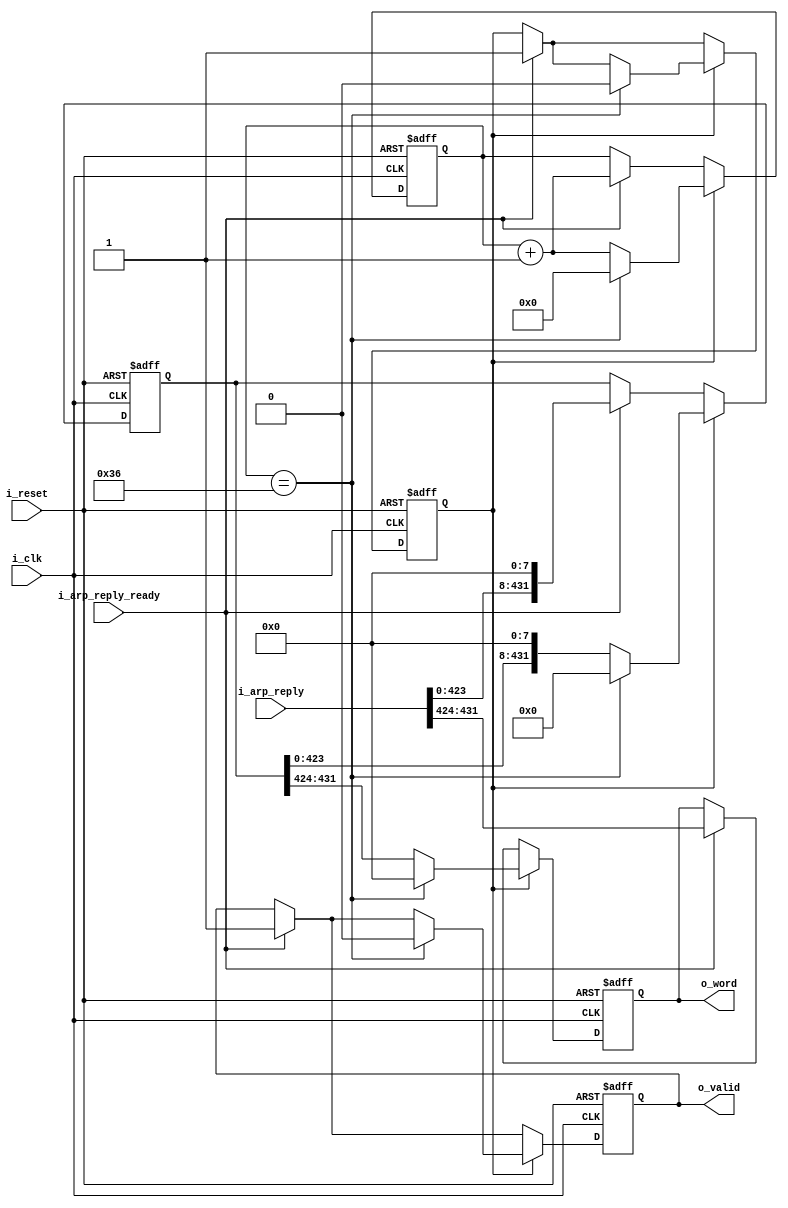
module tb_ethernet_arp_reply_transmitter(
	input 				i_clk,
	input 				i_reset,
	
	input [54*8-1:0] 	i_arp_reply,
	input				i_arp_reply_ready,
	
	output reg [7:0]	o_word,
	output reg			o_valid
); 
	reg [54*8-1:0] 		i_arp_reply_r;
	reg					i_arp_reply_ready_r;
	
	initial begin
		o_word						<= 0;
		o_valid						<= 0;
		
		i_arp_reply_r				<= 0;
		i_arp_reply_ready_r			<= 0;
	end
	
	reg [5:0] arp_reply_size;
	initial arp_reply_size <= 0;
	
	always @(posedge i_clk, posedge i_reset) begin
		if (i_reset) begin
			o_word					<= 0;
			o_valid					<= 0;
			i_arp_reply_r			<= 0;
			i_arp_reply_ready_r		<= 0;
			arp_reply_size			<= 0;
		end else begin
			if (i_arp_reply_ready) begin	/* initial */
				i_arp_reply_ready_r <= 1;
				i_arp_reply_r 		<= i_arp_reply << 8;
				
				o_word 				<= i_arp_reply[54*8-1:53*8];
				o_valid 			<= 1;
				arp_reply_size		<= arp_reply_size + 1;
			end else;
				
			if (i_arp_reply_ready_r) begin	/* continuous */
				if (arp_reply_size == 6'd54) begin
					o_word 				<= 0;
					o_valid 			<= 0;
					i_arp_reply_r		<= 0;
					i_arp_reply_ready_r <= 0;
					arp_reply_size 		<= 0;
				end else begin
					i_arp_reply_r 		<= i_arp_reply_r << 8;
					o_word 				<= i_arp_reply_r[54*8-1:53*8];
					arp_reply_size		<= arp_reply_size + 1;
				end
			end else;
		end
	end
endmodule